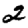
Digit: 2